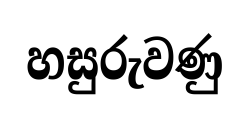
හසුරුවණු